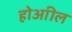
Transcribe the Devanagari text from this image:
होआील